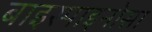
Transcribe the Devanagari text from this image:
बाइस्पाइनोसा